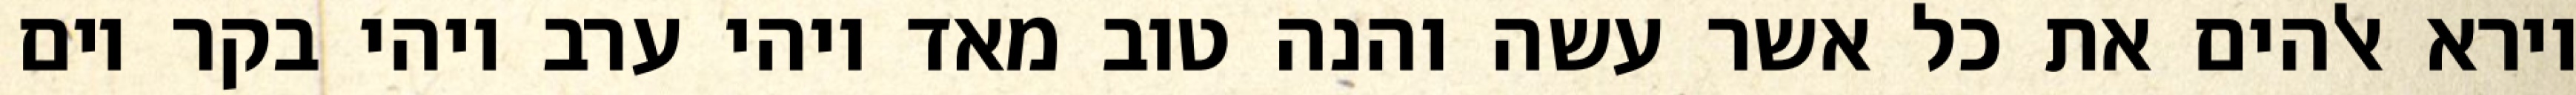
וירא אלהים את כל אשר עשה והנה טוב מאד ויהי ערב ויהי בקר יום